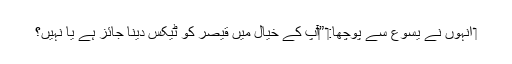
‏ اُنہوں نے یسوع سے پوچھا:‏ ”‏آپ کے خیال میں قیصر کو ٹیکس دینا جائز ہے یا نہیں؟